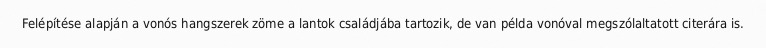
Felépítése alapján a vonós hangszerek zöme a lantok családjába tartozik, de van példa vonóval megszólaltatott citerára is.